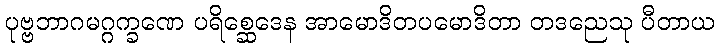
ပုဗ္ဗဘာဂမဂ္ဂက္ခဏေ ပရိစ္ဆေဒေန အာမောဒိတပမောဒိတာ တဒညေသု ပီတာယ